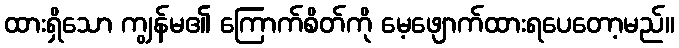
ထားရှိသော ကျွန်မ၏ ကြောက်စိတ်ကို မေ့ဖျောက်ထားရပေတော့မည်။